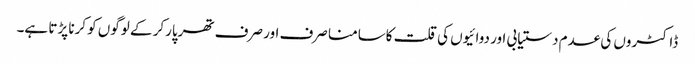
ڈاکٹروں کی عدم دستیابی اور دوائیوں کی قلت کاسامنا صرف اور صرف تھرپارکر کے لوگوں کو کرنا پڑتا ہے۔